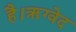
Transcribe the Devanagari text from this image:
है।ॠग्वेद